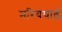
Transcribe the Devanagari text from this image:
मरियथाई